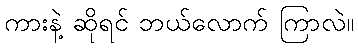
ကားနဲ့ ဆိုရင် ဘယ်လောက် ကြာလဲ။